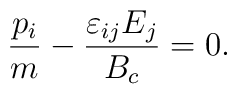
\frac{p_i}{m}-\frac{\varepsilon_{ij}E_j}{B_{c}}=0.